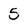
Character: 5